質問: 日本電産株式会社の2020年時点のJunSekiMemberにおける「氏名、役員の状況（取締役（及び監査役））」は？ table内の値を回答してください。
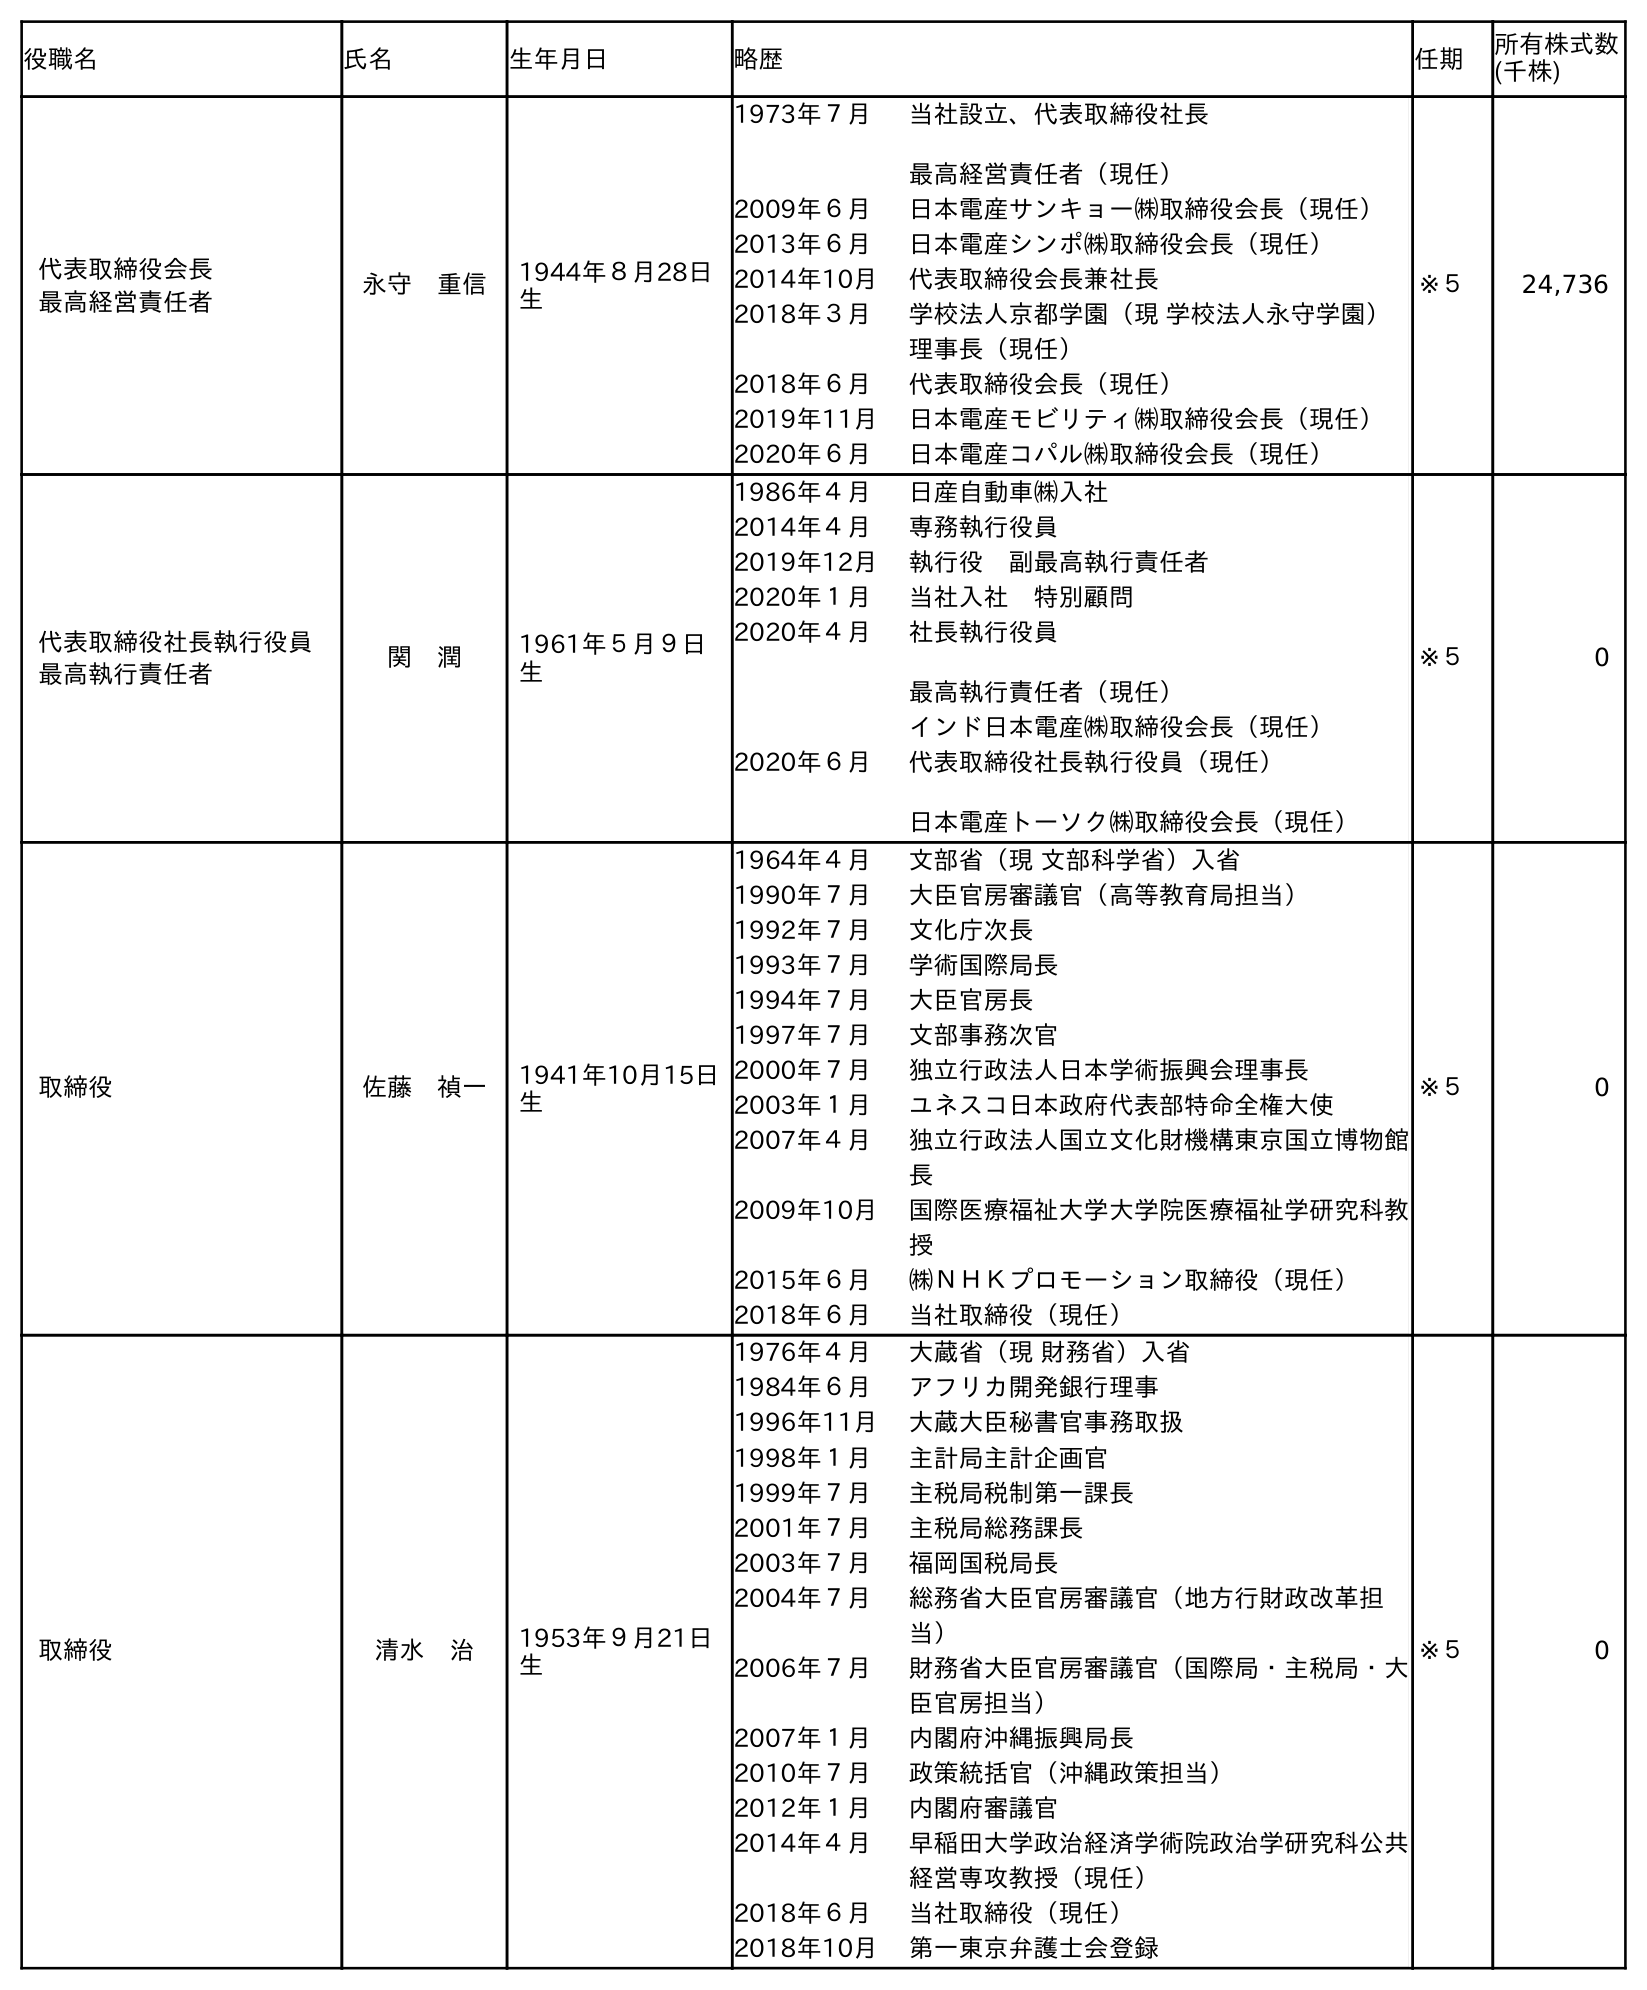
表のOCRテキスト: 役職名 氏名 生年月日 略歴 任期 所有株式数 (千株) 代表取締役会長 最高経営責任者 永守 重信 1944年８月28日 生 1973年７月 当社設立、代表取締役社長 最高経営責任者（現任） 2009年６月 日本電産サンキョー㈱取締役会長（現任） 2013年６月 日本電産シンポ㈱取締役会長（現任） 2014年10月 代表取締役会長兼社長 2018年３月 学校法人京都学園（現 学校法人永守学園） 理事長（現任） 2018年６月 代表取締役会長（現任） 2019年11月 日本電産モビリティ㈱取締役会長（現任） 2020年６月 日本電産コパル㈱取締役会長（現任） ※５ 24,736 代表取締役社長執行役員 最高執行責任者 関 潤 1961年５月９日 生 1986年４月 日産自動車㈱入社 2014年４月 専務執行役員 2019年12月 執行役 副最高執行責任者 2020年１月 当社入社 特別顧問 2020年４月 社長執行役員 最高執行責任者（現任） インド日本電産㈱取締役会長（現任） 2020年６月 代表取締役社長執行役員（現任） 日本電産トーソク㈱取締役会長（現任） ※５ 0 取締役 佐藤 禎一 1941年10月15日 生 1964年４月 文部省（現 文部科学省）入省 1990年７月 大臣官房審議官（高等教育局担当） 1992年７月 文化庁次長 1993年７月 学術国際局長 1994年７月 大臣官房長 1997年７月 文部事務次官 2000年７月 独立行政法人日本学術振興会理事長 2003年１月 ユネスコ日本政府代表部特命全権大使 2007年４月 独立行政法人国立文化財機構東京国立博物館 長 2009年10月 国際医療福祉大学大学院医療福祉学研究科教 授 2015年６月 ㈱ＮＨＫプロモーション取締役（現任） 2018年６月 当社取締役（現任） ※５ 0 取締役 清水 治 1953年９月21日 生 1976年４月 大蔵省（現 財務省）入省 1984年６月 アフリカ開発銀行理事 1996年11月 大蔵大臣秘書官事務取扱 1998年１月 主計局主計企画官 1999年７月 主税局税制第一課長 2001年７月 主税局総務課長 2003年７月 福岡国税局長 2004年７月 総務省大臣官房審議官（地方行財政改革担 当） 2006年７月 財務省大臣官房審議官（国際局・主税局・大 臣官房担当） 2007年１月 内閣府沖縄振興局長 2010年７月 政策統括官（沖縄政策担当） 2012年１月 内閣府審議官 2014年４月 早稲田大学政治経済学術院政治学研究科公共 経営専攻教授（現任） 2018年６月 当社取締役（現任） 2018年10月 第一東京弁護士会登録 ※５ 0
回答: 関　潤